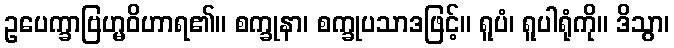
ဥပေက္ခာဗြဟ္မဝိဟာရ၏။ စက္ခုနာ၊ စက္ခုပသာဒဖြင့်။ ရူပံ၊ ရူပါရုံကို။ ဒိသွာ၊